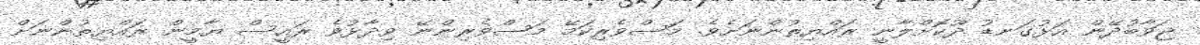
ޖަވާބުދޭން އަޅުގަނޑު ދޫކޮށްލާނީ ރައްޔިތުންނަށެވެ. މަސްވެރިކަމޭ މަސްވެރިންނޭ ވިދާޅުވެ ރައީސް ޔާމީން ރައްޔިތުންނަށް